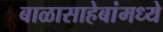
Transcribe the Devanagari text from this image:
बाळासाहेबांमध्ये